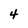
Character: 4